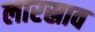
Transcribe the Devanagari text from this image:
लारस्राव